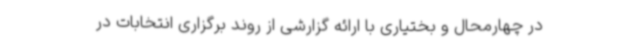
در چهارمحال و بختیاری با ارائه گزارشی از روند برگزاری انتخابات در